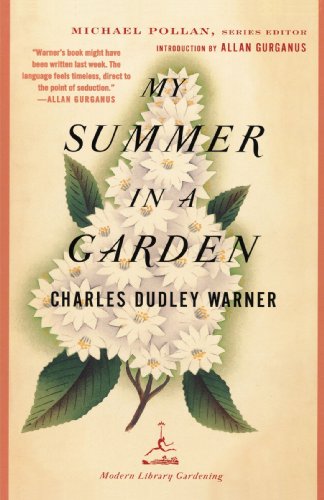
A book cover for My Summer in a Garden (Modern Library Gardening); Charles Dudley Warner; Crafts, Hobbies & Home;